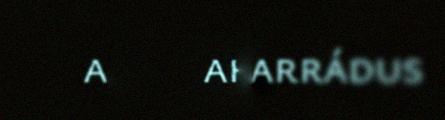
ahte mearrádus